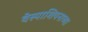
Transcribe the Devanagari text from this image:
वेस्पाशियनाच्या